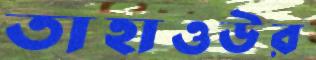
তাহাওউর